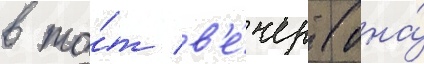
в то́т в'е́чер (она́